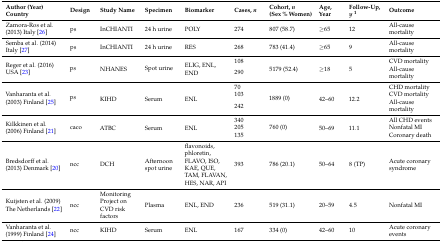
| Author (Year) Country | Design | Study Name | Specimen | Biomarker | Cases,n | Cohort,n (Sex % Women) | Age, Year | Follow-Up,y1 | Outcome |
 | --- | --- | --- | --- | --- | --- | --- | --- | --- | --- |
 | Zamora-Ros et al. (2013) Italy [26] | ps | InCHIANTI | 24 h urine | POLY | 274 | 807 (58.7) | ≥65 | 12 | All-cause mortality |
 | Semba et al. (2014) Italy [27] | ps | InCHIANTI | 24 h urine | RES | 268 | 783 (41.4) | ≥65 | 9 | All-cause mortality |
 | <ROWSPAN=2> Reger et al. (2016) USA [23] | <ROWSPAN=2> ps | <ROWSPAN=2> NHANES | <ROWSPAN=2> Spot urine | <ROWSPAN=2> ELIG, ENL, END | 108 | <ROWSPAN=2> 5179 (52.4) | <ROWSPAN=2> ≥18 | <ROWSPAN=2> 5 | CVD mortality |
 | 290 | All-cause mortality |
 | <ROWSPAN=3> Vanharanta et al. (2003) Finland [25] | <ROWSPAN=3> ps | <ROWSPAN=3> KIHD | <ROWSPAN=3> Serum | <ROWSPAN=3> ENL | 70 | <ROWSPAN=3> 1889 (0) | <ROWSPAN=3> 42–60 | <ROWSPAN=3> 12.2 | CHD mortality |
 | 103 | CVD mortality |
 | 242 | All-cause mortality |
 | <ROWSPAN=3> Kilkkinen et al. (2006) Finland [21] | <ROWSPAN=3> caco | <ROWSPAN=3> ATBC | <ROWSPAN=3> Serum | <ROWSPAN=3> ENL | 340 | <ROWSPAN=3> 760 (0) | <ROWSPAN=3> 50–69 | <ROWSPAN=3> 11.1 | All CHD events |
 | 205 | Nonfatal MI |
 | 135 | Coronary death |
 | Bredsdorff et al. (2013) Denmark [20] | ncc | DCH | Afternoon spot urine | flavonoids, phloretin, FLAVO, ISO, KAE, QUE, TAM, FLAVAN, HES, NAR, API | 393 | 786 (20.1) | 50–64 | 8 (TP) | Acute coronary syndrome |
 | Kuijsten et al. (2009) The Netherlands [22] | ncc | Monitoring Project on CVD risk factors | Plasma | ENL, END | 236 | 519 (31.1) | 20–59 | 4.5 | Nonfatal MI |
 | Vanharanta et al. (1999) Finland [24] | ncc | KIHD | Serum | ENL | 167 | 334 (0) | 42–60 | 10 | Acute coronary events |